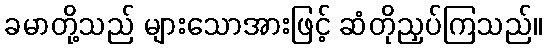
ခမာတို့သည် များသောအားဖြင့် ဆံတိုညှပ်ကြသည်။